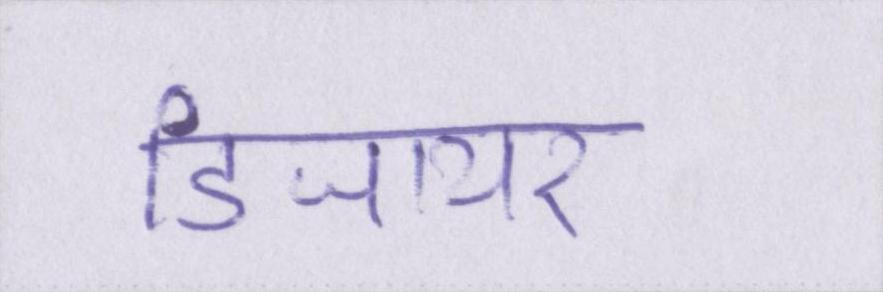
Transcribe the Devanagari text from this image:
डिजायर